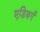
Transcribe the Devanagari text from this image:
एडिबर्ग